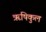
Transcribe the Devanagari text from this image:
ॠषिकुल